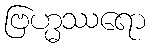
ဗြဟ္မဿရော